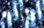
تقارير